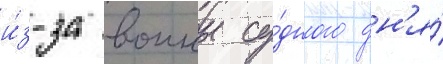
и́з-за воины су́дного дн'я́